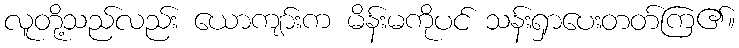
လူတို့သည်လည်း ယောကျာ်းက မိန်းမကိုပင် သန်းရှာပေးတတ်ကြ၏။